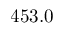
4 5 3 . 0